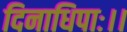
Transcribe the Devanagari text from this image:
दिनाधिपाः।।